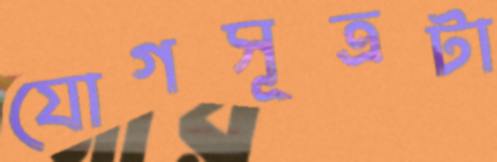
যোগসূত্রটা